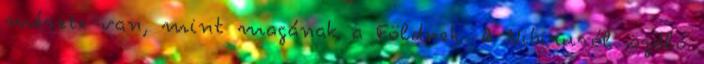
mérete van, mint magának a Földnek. A Nibiruról szóló